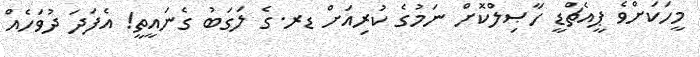
މީހަކަށްވެ ޕީއެޗްޑީ ހާޞިލްކޮށް ނަމުގެ ކުރިއަށް ޑރ.ގެ ލަގަބު ގެނައީތީ! އެފަދަ ދުވަހެއް